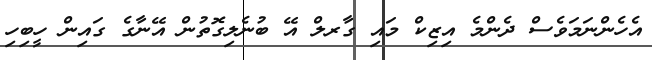
އެހެންނަމަވެސް ދެންމެ އިޒިކް މައި ގާރލް އޭ ބުނެލިގޮތުން އޭނާގެ ގައިން ހީބިހި